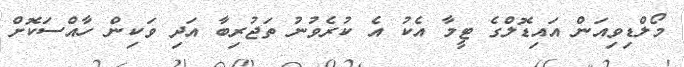
މޯލްޑިވިއަން އައިޑޮލްގެ ޓީމާ އެކު އެ ކުރެވުނު ތަޖުރިބާ އަދި ވަކިން ހާއްސަކޮށް